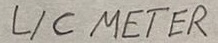
Text: L/C METER